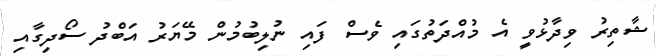
ޝާތިރު ވިދާޅުވީ އެ މުއްދަތުގައި ވެސް ފައި ނުލިބުމުން މޭޔަރު އަބްދު ސޯދިގާއި